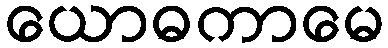
ယောဓကာမေ